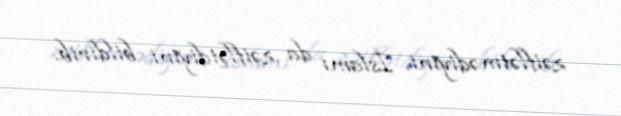
zəiflətmədiyini, İslamı da zəiflətdiyini bildirib.